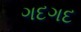
ગદગદ